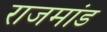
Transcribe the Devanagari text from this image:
राजमांड